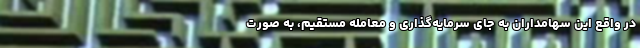
در واقع این سهامداران به جای سرمایه‌گذاری و معامله مستقیم، به صورت